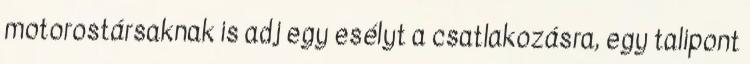
motorostársaknak is adj egy esélyt a csatlakozásra, egy talipont